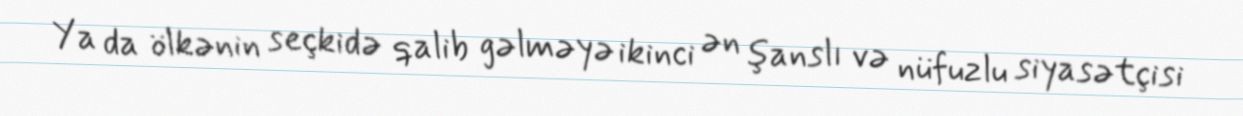
Ya da ölkənin seçkidə qalib gəlməyə ikinci ən şanslı və nüfuzlu siyasətçisi